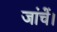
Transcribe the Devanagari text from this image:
जांचें।